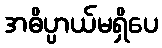
အဓိပ္ပာယ်မရှိပေ